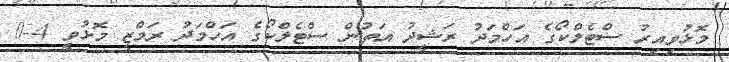
މޮޅުވިއިރު ސްޓެލްކޯގެ އަހްމަދު ރަޝީދު އަތުން ސްޓެލްކޯގެ އަހްމަދު ރަމްޒީ މޮޅުވީ 4-0